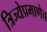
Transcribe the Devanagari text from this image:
त्रिज्येप्रमाणेच